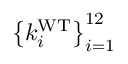
\left\{ k _ { i } ^ { \mathrm { W T } } \right\} _ { i = 1 } ^ { 1 2 }